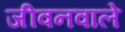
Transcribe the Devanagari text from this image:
जीवनवाले